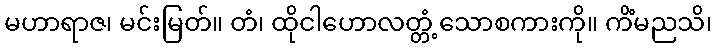
မဟာရာဇ၊ မင်းမြတ်။ တံ၊ ထိုငါဟောလတ္တံ့သောစကားကို။ ကိံမညသိ၊